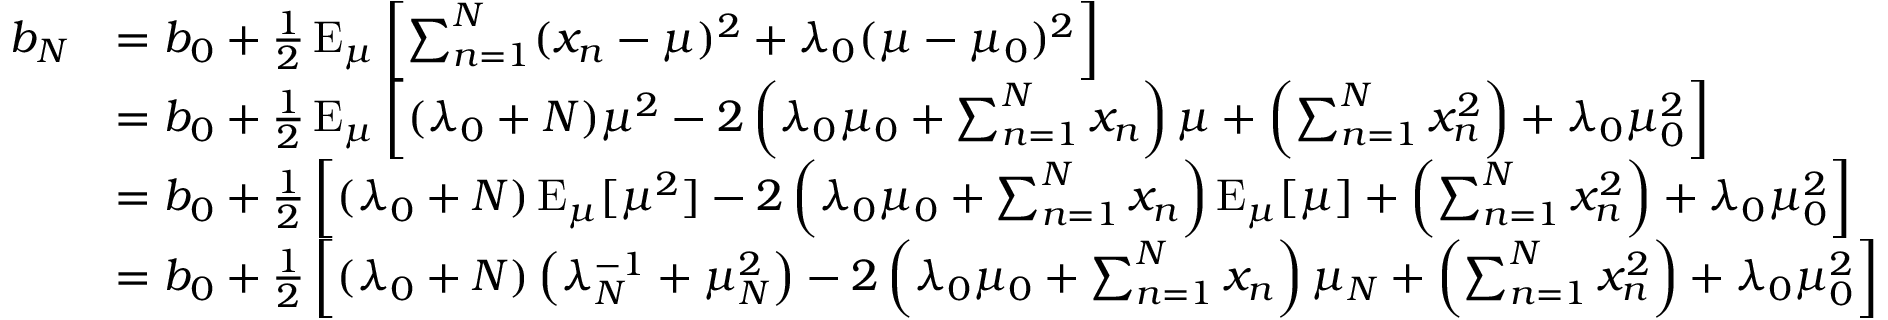
{ \begin{array} { r l } { b _ { N } } & { = b _ { 0 } + { \frac { 1 } { 2 } } \operatorname { E } _ { \mu } \left[ \sum _ { n = 1 } ^ { N } ( x _ { n } - \mu ) ^ { 2 } + \lambda _ { 0 } ( \mu - \mu _ { 0 } ) ^ { 2 } \right] } \\ & { = b _ { 0 } + { \frac { 1 } { 2 } } \operatorname { E } _ { \mu } \left[ ( \lambda _ { 0 } + N ) \mu ^ { 2 } - 2 \left( \lambda _ { 0 } \mu _ { 0 } + \sum _ { n = 1 } ^ { N } x _ { n } \right) \mu + \left( \sum _ { n = 1 } ^ { N } x _ { n } ^ { 2 } \right) + \lambda _ { 0 } \mu _ { 0 } ^ { 2 } \right] } \\ & { = b _ { 0 } + { \frac { 1 } { 2 } } \left[ ( \lambda _ { 0 } + N ) \operatorname { E } _ { \mu } [ \mu ^ { 2 } ] - 2 \left( \lambda _ { 0 } \mu _ { 0 } + \sum _ { n = 1 } ^ { N } x _ { n } \right) \operatorname { E } _ { \mu } [ \mu ] + \left( \sum _ { n = 1 } ^ { N } x _ { n } ^ { 2 } \right) + \lambda _ { 0 } \mu _ { 0 } ^ { 2 } \right] } \\ & { = b _ { 0 } + { \frac { 1 } { 2 } } \left[ ( \lambda _ { 0 } + N ) \left( \lambda _ { N } ^ { - 1 } + \mu _ { N } ^ { 2 } \right) - 2 \left( \lambda _ { 0 } \mu _ { 0 } + \sum _ { n = 1 } ^ { N } x _ { n } \right) \mu _ { N } + \left( \sum _ { n = 1 } ^ { N } x _ { n } ^ { 2 } \right) + \lambda _ { 0 } \mu _ { 0 } ^ { 2 } \right] } \end{array} }